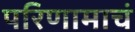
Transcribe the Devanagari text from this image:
परिणामाचं